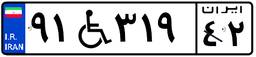
۹۱W۳۱۹۴۲